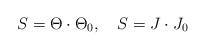
LaTeX: \begin{align*}S=\Theta \cdot \Theta _{0},\quad S=J\cdot J_{0}\end{align*}